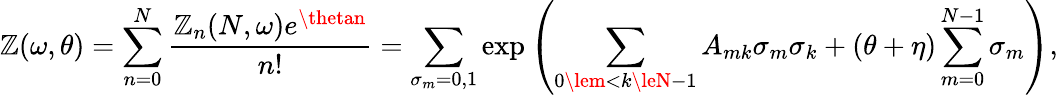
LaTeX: \mathbb{Z}(\omega,\theta)=\sum_{n=0}^{N}\frac{{\mathbb{Z}_{n}(N,\omega)e^{\thetan}}}{{n!}}=\sum_{\sigma_{m}=0,1}\exp\left(\sum_{0\lem<k\leN-1}A_{mk}\sigma_{m}\sigma_{k}+(\theta+\eta)\sum_{m=0}^{N-1}\sigma_{m}\right),